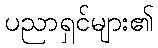
ပညာရှင်များ၏